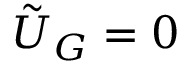
\tilde { U } _ { G } = 0